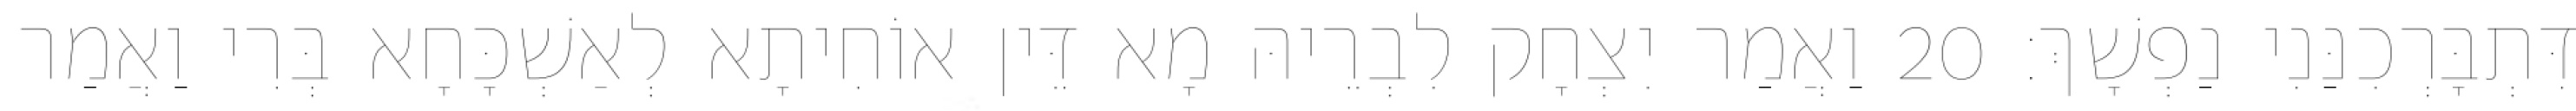
דִּתְבָּרְכִנַּנִי נַפְשָׁךְ׃ 20 וַאֲמַר יִצְחָק לִבְרֵיהּ מָא דֵּין אוֹחִיתָא לְאַשְׁכָּחָא בְּרִי וַאֲמַר